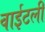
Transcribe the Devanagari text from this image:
वाईटली